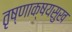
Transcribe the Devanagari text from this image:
तृष्णाक्षयसुख